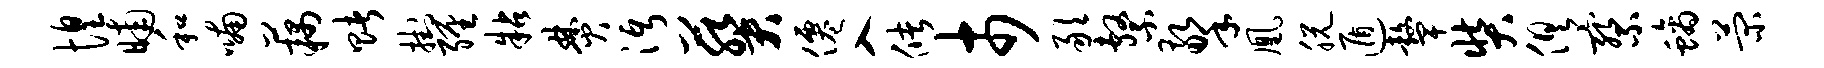
惶晡和喃藕赌挂缠粘焚沔葵仙入储市敢系擎凰脱遁鼙奘俱察螭菊